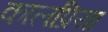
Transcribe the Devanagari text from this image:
कालप्रिया